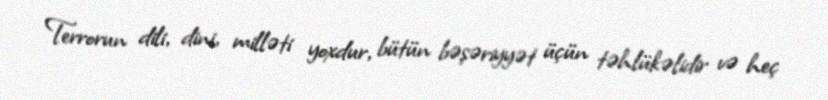
Terrorun dili, dini, milləti yoxdur, bütün bəşəriyyət üçün təhlükəlidir və heç